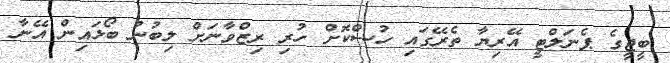
ބީޖީގެ ޕެނަލްޓީ އޭރިޔާ ތެރޭގައި ހުސްކޮށް ހުރި ރިޒްވާނަށް ލިބުނު ބޯޅައިން އޭނާ